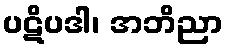
ပဋိပဒါ၊ အဘိညာ